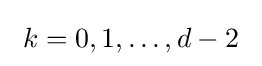
\ k=0,1,\dots ,d-2\